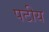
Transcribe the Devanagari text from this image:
पटीय